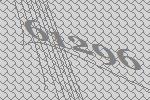
61296